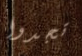
تجدوا